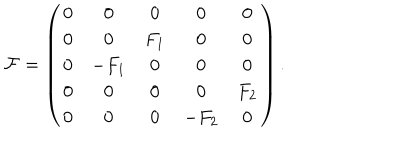
LaTeX: { \cal F } = \left( \begin{array} { c c c c c } { { 0 } } & { { 0 } } & { { 0 } } & { { 0 } } & { { 0 } } \\ { { 0 } } & { { 0 } } & { { F _ { 1 } } } & { { 0 } } & { { 0 } } \\ { { 0 } } & { { - F _ { 1 } } } & { { 0 } } & { { 0 } } & { { 0 } } \\ { { 0 } } & { { 0 } } & { { 0 } } & { { 0 } } & { { F _ { 2 } } } \\ { { 0 } } & { { 0 } } & { { 0 } } & { { - F _ { 2 } } } & { { 0 } } \\ \end{array} \right) .